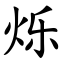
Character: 烁